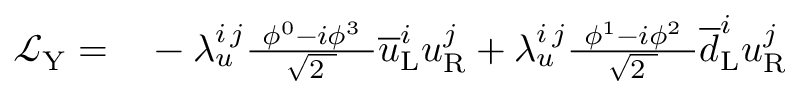
\begin{array} { r l } { { \mathcal { L } } _ { \mathrm { Y } } = } & { { } - \lambda _ { u } ^ { i \, j } { \frac { \ \phi ^ { 0 } - i \phi ^ { 3 } \ } { \sqrt { 2 \ } } } { \overline { { u } } } _ { \mathrm { L } } ^ { i } u _ { \mathrm { R } } ^ { j } + \lambda _ { u } ^ { i \, j } { \frac { \ \phi ^ { 1 } - i \phi ^ { 2 } \ } { \sqrt { 2 \ } } } { \overline { { d } } } _ { \mathrm { L } } ^ { i } u _ { \mathrm { R } } ^ { j } } \end{array}